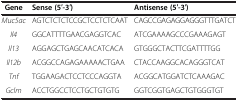
| Gene | Sense (5′-3′) | Antisense (5′-3′) |
 | --- | --- | --- |
 | Muc5ac | AGTCTCTCTCCGCTCCTCTCAAT | CAGCCGAGAGGAGGGTTTGATCT |
 | Il4 | GGCATTTTGAACGAGGTCAC | ATCGAAAAGCCCGAAAGAGT |
 | Il13 | AGGAGCTGAGCAACATCACA | GTGGGCTACTTCGATTTTGG |
 | Il12b | ACGGCCAGAGAAAAACTGAA | CTACCAAGGCACAGGGTCAT |
 | Tnf | TGGAAGACTCCTCCCAGGTA | ACGGCATGGATCTCAAAGAC |
 | Gclm | ACCTGGCCTCCTGCTGTGTG | GGTCGGTGAGCTGTGGGTGT |